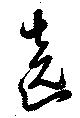
遶